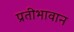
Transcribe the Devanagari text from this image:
प्रतीभावान